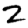
Digit: 2